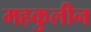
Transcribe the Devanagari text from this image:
महकुलीन